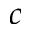
c